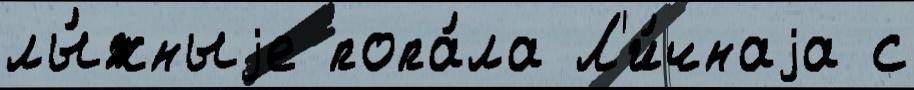
лы́жныjе попа́ла Л'и́чнаjа с